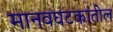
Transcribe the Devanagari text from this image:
मानवघटकांतील